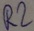
Text: R2